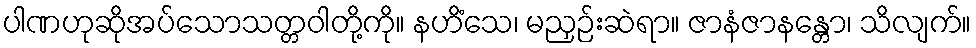
ပါဏဟုဆိုအပ်သောသတ္တဝါတို့ကို။ နဟိံသေ၊ မညှဉ်းဆဲရာ။ ဇာနံဇာနန္တော၊ သိလျက်။